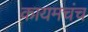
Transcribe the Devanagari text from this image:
कायमचंच